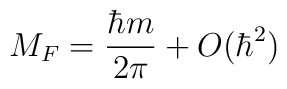
M_{F}=\frac{\hbar m}{2\pi }+O(\hbar ^{2})